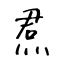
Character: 焄